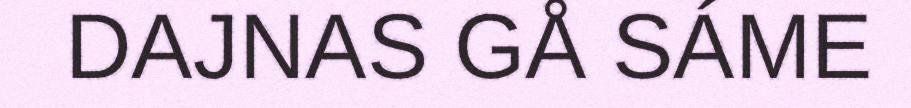
DAJNAS GÅ SÁME